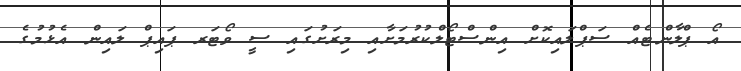
އޯ ޕްލާންޓެއް ސަޕްލައިކޮށް އިންސްޓޯލްކުރުމަށާއި މިރަށުގައި ސީ ވޯޓަރ ޕައިޕް ލައިން އެޅުމުގެ